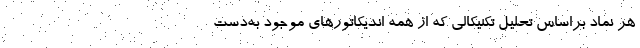
هر نماد براساس تحلیل تکنیکالی که از همه اندیکاتورهای موجود به‌دست